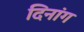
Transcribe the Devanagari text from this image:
दिनांग